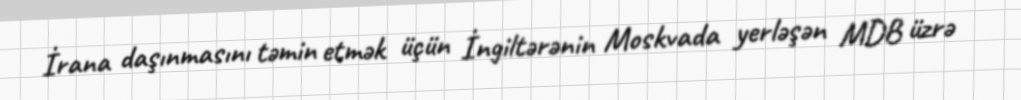
İrana daşınmasını təmin etmək üçün İngiltərənin Moskvada yerləşən MDB üzrə